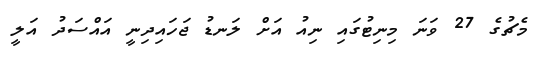
މެޗުގެ 27 ވަނަ މިނިޓުގައި ނިއު އަށް ލަނޑު ޖަހައިދިނީ އައްސަދު އަލީ